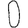
Digit: 0